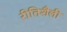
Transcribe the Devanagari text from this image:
रीतिशैली